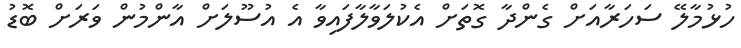
ހުޅުމާލޭ ސަހަރާއަށް ގެންދާ ގޮތަށް އެކުލަވާލާފައިވާ އެ އުސޫލަށް އާންމުން ވަރަށް ބޮޑު